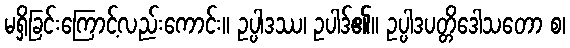
မရှိခြင်းကြောင့်လည်းကောင်း။ ဥပ္ပါဒဿ၊ ဥပါဒ်၏။ ဥပ္ပါဒပတ္တိဒေါသတော စ၊